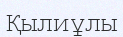
Қылиұлы